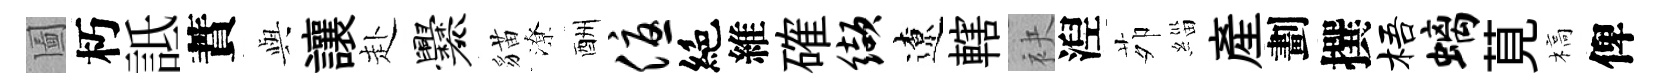
圗朽詆蕡𫤰讓赴爨貓潦酬优絶維確缬遼轄袂湼茆緇産劃撰梧螭莧槁俾